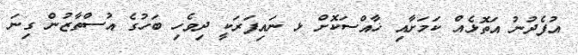
އުފެދުނު އަތޮޅެއް ކަމަށާއި ޚާއްސަކޮށް ޅ ނައިފަރަކީ ދިވެހި ބަހުގެ އުސްތާޒުން ގިނަ